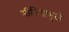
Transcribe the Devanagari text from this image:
मीडियामुळे